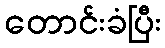
တောင်းခံပြီး